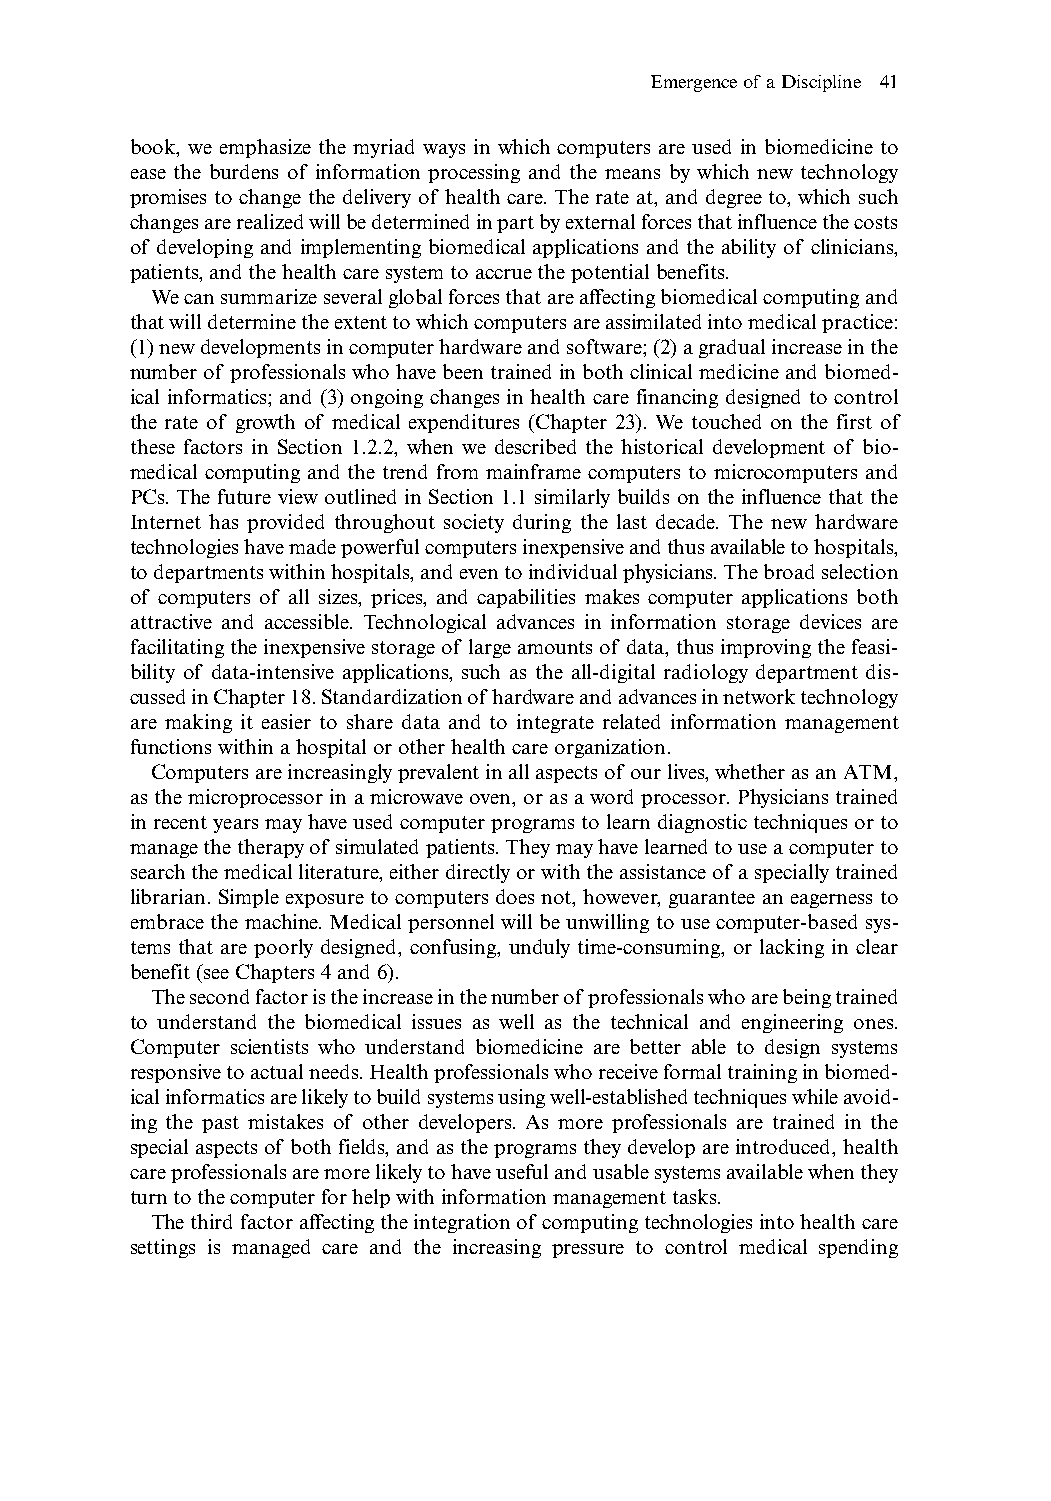
Emergence of a Discipline 41
 book, we emphasize the myriad ways in which computers are used in biomedicine to
 ease the burdens of information processing and the means by which new technology
 promises to change the delivery of health care. The rate at, and degree to, which such
 changes are realized will be determined in part by external forces that influence the costs
 of developing and implementing biomedical applications and the ability of clinicians,
 patients,and the health care system to accrue the potential benefits.
 We can summarize several global forces that are affecting biomedical computing and
 that will determine the extent to which computers are assimilated into medical practice:
 (1) new developments in computer hardware and software;(2) a gradual increase in the
 number of professionals who have been trained in both clinical medicine and biomed-
 ical informatics; and (3) ongoing changes in health care financing designed to control
 the rate of growth of medical expenditures (Chapter 23). We touched on the first of
 these factors in Section 1.2.2, when we described the historical development of bio-
 medical computing and the trend from mainframe computers to microcomputers and
 PCs. The future view outlined in Section 1.1 similarly builds on the influence that the
 Internet has provided throughout society during the last decade. The new hardware
 technologies have made powerful computers inexpensive and thus available to hospitals,
 to departments within hospitals,and even to individual physicians.The broad selection
 of computers of all sizes, prices, and capabilities makes computer applications both
 attractive and accessible. Technological advances in information storage devices are
 facilitating the inexpensive storage of large amounts of data,thus improving the feasi-
 bility of data-intensive applications, such as the all-digital radiology department dis-
 cussed in Chapter 18.Standardization of hardware and advances in network technology
 are making it easier to share data and to integrate related information management
 functions within a hospital or other health care organization.
 Computers are increasingly prevalent in all aspects of our lives,whether as an ATM,
 as the microprocessor in a microwave oven, or as a word processor. Physicians trained
 in recent years may have used computer programs to learn diagnostic techniques or to
 manage the therapy of simulated patients.They may have learned to use a computer to
 search the medical literature,either directly or with the assistance of a specially trained
 librarian. Simple exposure to computers does not, however, guarantee an eagerness to
 embrace the machine. Medical personnel will be unwilling to use computer-based sys-
 tems that are poorly designed, confusing, unduly time-consuming, or lacking in clear
 benefit (see Chapters 4 and 6).
 The second factor is the increase in the number of professionals who are being trained
 to understand the biomedical issues as well as the technical and engineering ones.
 Computer scientists who understand biomedicine are better able to design systems
 responsive to actual needs.Health professionals who receive formal training in biomed-
 ical informatics are likely to build systems using well-established techniques while avoid-
 ing the past mistakes of other developers. As more professionals are trained in the
 special aspects of both fields,and as the programs they develop are introduced,health
 care professionals are more likely to have useful and usable systems available when they
 turn to the computer for help with information management tasks.
 The third factor affecting the integration of computing technologies into health care
 settings is managed care and the increasing pressure to control medical spending